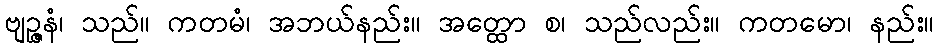
ဗျဉ္ဇနံ၊ သည်။ ကတမံ၊ အဘယ်နည်း။ အတ္ထော စ၊ သည်လည်း။ ကတမော၊ နည်း။